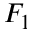
F _ { 1 }